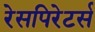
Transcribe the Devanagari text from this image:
रेसपिरेटर्स